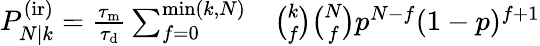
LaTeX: \begin{array}{rl}{P_{N|k}^{\mathrm{(ir)}}=\frac{\tau_{\mathrm{m}}}{\tau_{\mathrm{d}}}\sum_{f=0}^{\operatorname*{min}(k,N)}}&{{}\binom{k}{f}\binom{N}{f}p^{N-f}(1-p)^{f+1}}\end{array}